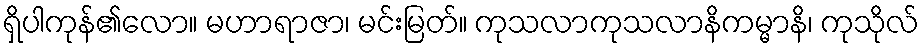
ရှိပါကုန်၏လော။ မဟာရာဇာ၊ မင်းမြတ်။ ကုသလာကုသလာနိကမ္မာနိ၊ ကုသိုလ်